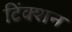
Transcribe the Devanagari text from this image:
टिंक्शन